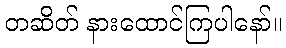
တဆိတ် နားထောင်ကြပါနော်။